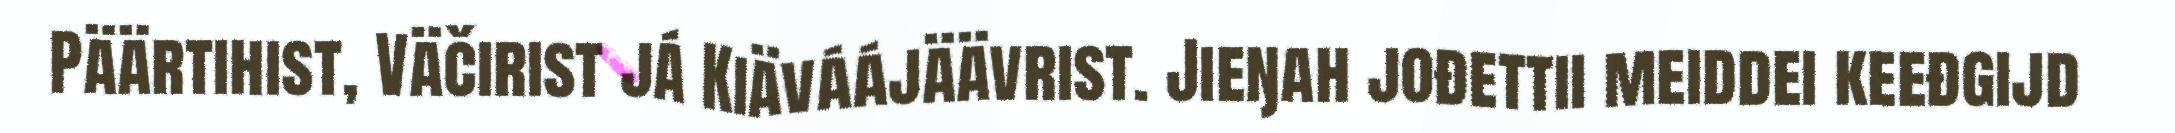
Päärtihist, Väčirist já Kiäváájäävrist. Jieŋah jođettii meiddei keeđgijd